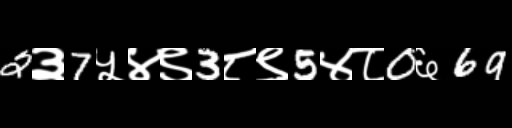
Text: 2३7५४९3८९5४८0६69